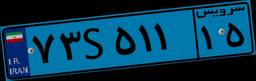
۵۷S۰۱۷۳۲